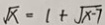
\sqrt { x } = 1 + \sqrt { x - 7 }